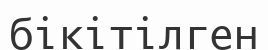
бікітілген